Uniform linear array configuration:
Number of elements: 4
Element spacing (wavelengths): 1
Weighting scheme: hann
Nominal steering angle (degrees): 0
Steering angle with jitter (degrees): -0.2994
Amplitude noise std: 0.05
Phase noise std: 0.05

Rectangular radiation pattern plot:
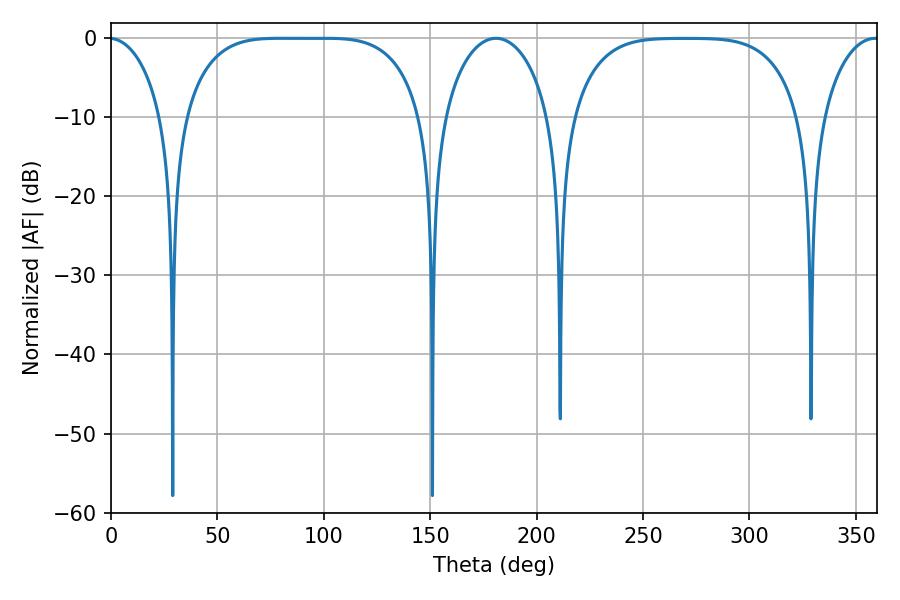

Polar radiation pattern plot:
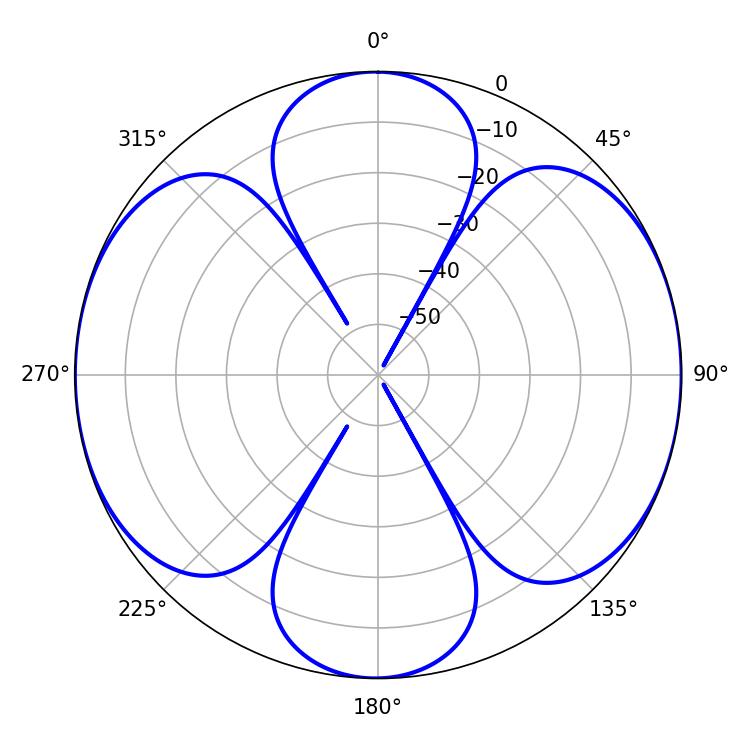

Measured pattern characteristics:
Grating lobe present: TRUE
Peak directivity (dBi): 14.782
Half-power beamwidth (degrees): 85.32
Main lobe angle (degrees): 79.74